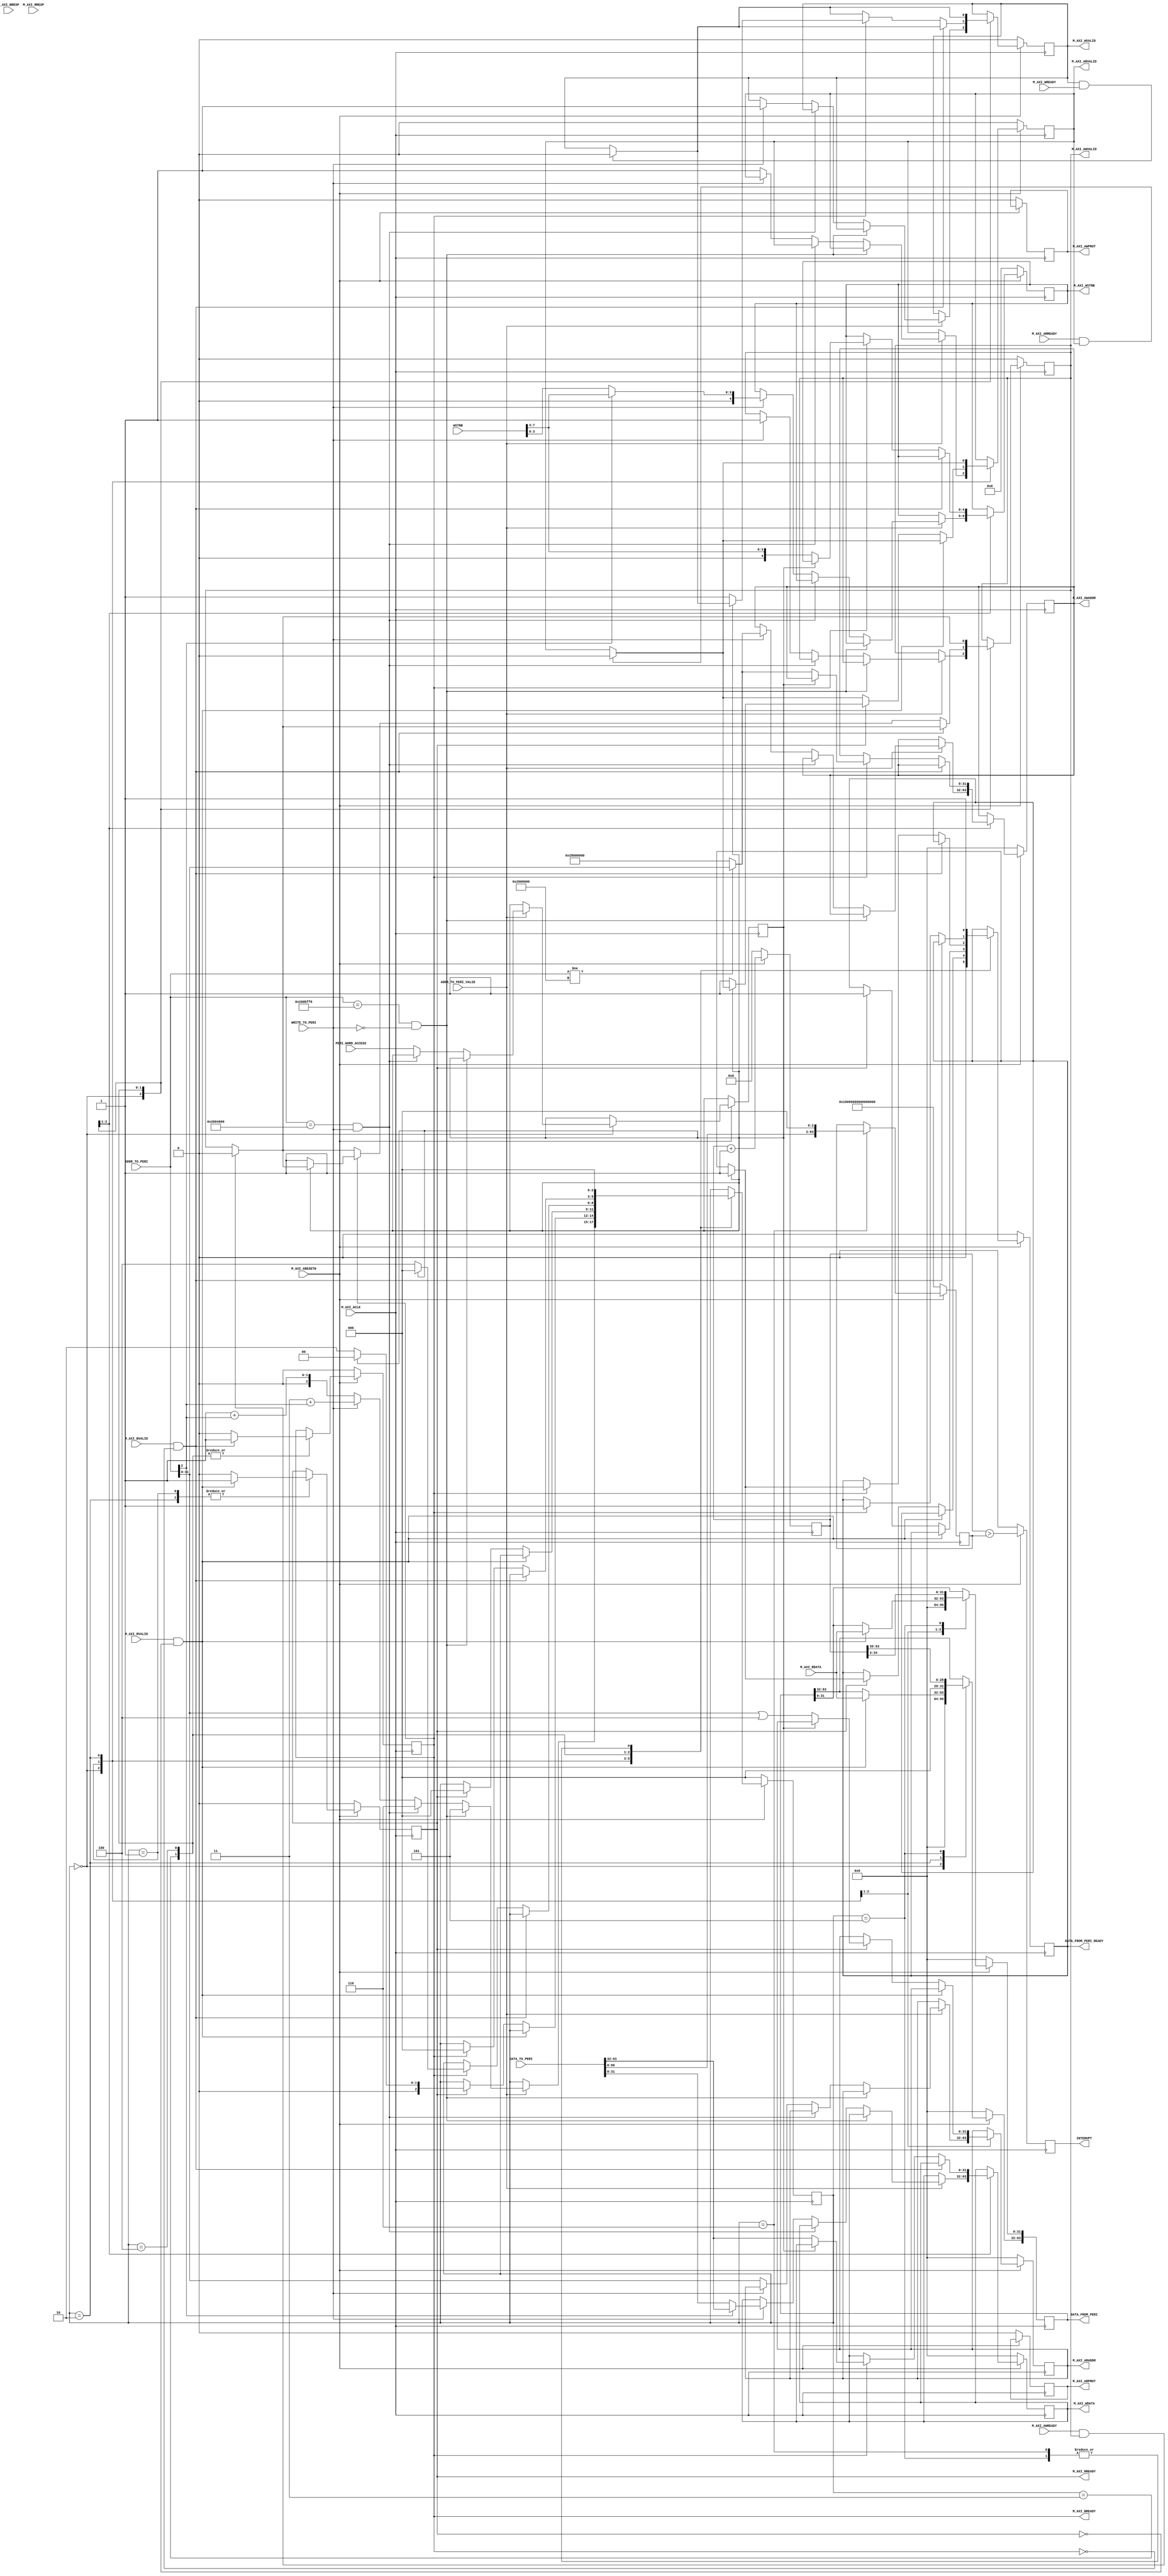
module peripheral_master(
(* mark_debug = "true" *)	input		ADDR_TO_PERI_VALID,
(* mark_debug = "true" *)	input [63:0] ADDR_TO_PERI,
	input [63:0] 	DATA_TO_PERI,
	input PERI_WORD_ACCESS,
	output reg DATA_FROM_PERI_READY,
	output reg [63:0]  DATA_FROM_PERI,
	input  			WRITE_TO_PERI,
	input M_AXI_ACLK           ,
	input M_AXI_ARESETN,
	output reg [31:0] M_AXI_AWADDR             ,
	output reg      M_AXI_AWPROT               ,
	output reg   	M_AXI_AWVALID              ,
	input 			M_AXI_AWREADY              ,
	output reg  [31:0] 	M_AXI_WDATA               ,    
	output reg [4:0]     M_AXI_WSTRB                ,
	output reg 			M_AXI_WVALID            ,
	input M_AXI_WREADY                    		,
	input [1:0]      M_AXI_BRESP                ,
	input M_AXI_BVALID                    		,
	output reg M_AXI_BREADY                     ,
	output reg [31:0] M_AXI_ARADDR              ,
	output reg   M_AXI_ARPROT                    ,
	output reg  M_AXI_ARVALID                   ,
	input 	    M_AXI_ARREADY                   ,
	input  [1:0]  M_AXI_RRESP                   ,  
	input M_AXI_RVALID                    		,
	output reg M_AXI_RREADY                    ,
	input [7:0]   WSTRB               ,
	input [31:0] M_AXI_RDATA 		,
	output reg INTERUPT			
);
`define CLINT_ADDR 32'h2000000
`define MTIME_ADDR 32'hbff8
`define MTIMECMP_ADDR 32'h4000
localparam integer idle=0;
localparam integer load_word_low =1;
localparam integer load_word_high=2;
localparam integer write_word_low=3;
localparam integer write_word_high=4;
localparam integer mtime_read=5;
localparam integer mcomp_write=6;

reg word_access;
(* mark_debug = "true" *) reg [2:0]  master_state;
(* mark_debug = "true" *) reg [63:0] mtime_reg;
(* mark_debug = "true" *) reg [63:0] mtime_comp_reg;
always@(posedge M_AXI_ACLK) begin
	if(~M_AXI_ARESETN) begin
		mtime_reg <=0;
		mtime_comp_reg <= -1;
		DATA_FROM_PERI_READY <=0;
		DATA_FROM_PERI <=0;
		M_AXI_AWADDR <=0;
		M_AXI_AWPROT <=0;
		M_AXI_AWVALID <=0;
		M_AXI_BREADY <=0;
		M_AXI_ARADDR <=0;
		M_AXI_ARPROT <=0;
		M_AXI_ARVALID <=0;
		M_AXI_WVALID <=0;
		M_AXI_WSTRB <=0; 
		M_AXI_WDATA <=0;
		M_AXI_RREADY <=0;
		master_state <=idle;
        INTERUPT <= 0;
	end
	else begin
        INTERUPT <= mtime_reg > mtime_comp_reg;
		mtime_reg <= mtime_reg+1;
		case(master_state)
			idle: begin
				DATA_FROM_PERI <=0;
				DATA_FROM_PERI_READY <=0;
				if(ADDR_TO_PERI_VALID) begin
					if((ADDR_TO_PERI==(`CLINT_ADDR+`MTIME_ADDR)) & ~WRITE_TO_PERI) begin
						master_state <= mtime_read;
					end
					else if((ADDR_TO_PERI==(`CLINT_ADDR+`MTIMECMP_ADDR)) & WRITE_TO_PERI) begin
						master_state <= mcomp_write;
					end
					else begin
						word_access <= PERI_WORD_ACCESS;
					 	if(~WRITE_TO_PERI) begin
							master_state <= (load_word_low + ADDR_TO_PERI[2]);
							M_AXI_ARVALID <=1;
							M_AXI_ARADDR  <= ADDR_TO_PERI;

						end
						else begin
							master_state <= (write_word_low + ADDR_TO_PERI[2]);
							M_AXI_AWVALID <=1;
							M_AXI_AWADDR <=  (ADDR_TO_PERI != `CLINT_ADDR) ? ADDR_TO_PERI: 32'h2800_0000; 
							M_AXI_WVALID <= 1;
							M_AXI_WDATA <= ADDR_TO_PERI[2]?  DATA_TO_PERI[63: 32] : DATA_TO_PERI[31: 0] ;
							M_AXI_WSTRB <=  ADDR_TO_PERI[2]? WSTRB[7:4] : WSTRB[3:0] ;

						end
					end
				end
			end
			load_word_low: begin
				if(M_AXI_ARREADY & M_AXI_ARVALID) begin
					M_AXI_ARVALID <=0;
				end
				if(M_AXI_RVALID & ~M_AXI_RREADY) begin
					M_AXI_RREADY <=1;
					DATA_FROM_PERI[31:0] <= M_AXI_RDATA;
				end
				else if(M_AXI_RREADY) begin
					M_AXI_RREADY <=0;
					if(word_access) begin
						master_state <= idle;
						DATA_FROM_PERI_READY <=1;
					end
					else begin
						master_state <= load_word_high;
						M_AXI_ARVALID <=1;
						M_AXI_ARADDR  <= ADDR_TO_PERI| 32'b100;
					end
				end
			end
			load_word_high: begin
				if(M_AXI_ARREADY & M_AXI_ARVALID) begin
                     M_AXI_ARVALID <=0;
                 end
                 if(M_AXI_RVALID & ~M_AXI_RREADY) begin
                     M_AXI_RREADY <=1;
                     DATA_FROM_PERI[63:32] <= M_AXI_RDATA;
                 end
                 else if(M_AXI_RREADY) begin
                     M_AXI_RREADY <=0;
					 master_state <= idle;
					 DATA_FROM_PERI_READY <=1;
               	 end			
			end
			write_word_low: begin
				if(M_AXI_AWREADY & M_AXI_AWVALID) begin
					M_AXI_AWVALID <=0;
				end
				if(M_AXI_WVALID & M_AXI_WREADY) begin
					M_AXI_WVALID <=0;
				end
				if(M_AXI_BVALID  & ~M_AXI_BREADY) begin
					M_AXI_BREADY <=1;
				end
				else if (M_AXI_BREADY) begin
					M_AXI_BREADY <= 0;
					if(word_access) begin
						master_state <=idle;
						DATA_FROM_PERI_READY <= 1;
					end
					else begin
						master_state <= write_word_high;
						M_AXI_AWVALID <=1;
						M_AXI_AWADDR <=   (ADDR_TO_PERI != `CLINT_ADDR) ? ADDR_TO_PERI: 32'h2800_0000; 
						M_AXI_WVALID <= 1;
						M_AXI_WDATA <= DATA_TO_PERI[63: 32];
						M_AXI_WSTRB <=  WSTRB[7:4];
					end
				end//BREADY
			end//case write low
			write_word_high: begin
				if(M_AXI_AWREADY & M_AXI_AWVALID) begin
					M_AXI_AWVALID <=0;
				end
				if(M_AXI_WVALID & M_AXI_WREADY) begin
					M_AXI_WVALID <=0;
				end
				if(M_AXI_BVALID  & ~M_AXI_BREADY) begin
					M_AXI_BREADY <=1;
				end
				else if (M_AXI_BREADY) begin
					M_AXI_BREADY <= 0;
					master_state <=idle;
					DATA_FROM_PERI_READY <= 1;
				end//BREADY
			end//case write low	
			mtime_read: begin
				DATA_FROM_PERI <= mtime_reg>>3;
				DATA_FROM_PERI_READY <= 1;
				master_state <= idle;
			end
			mcomp_write: begin
				DATA_FROM_PERI_READY <=1;
				mtime_comp_reg <= DATA_TO_PERI<<3;
				master_state <= idle;
			end
		endcase
	end // else if
	end // always
endmodule